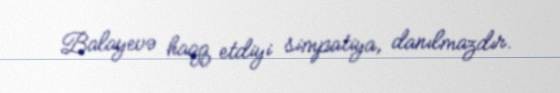
Balayevə haqq etdiyi simpatiya, danılmazdır.